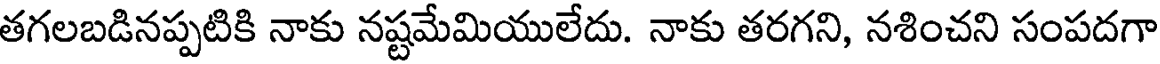
తగలబడినప్పటికి నాకు నష్టమేమియులేదు. నాకు తరగని, నశించని సంపదగా